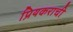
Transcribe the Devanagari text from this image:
प्रियकराची